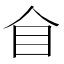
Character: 𥃦